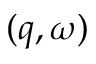
( q , \omega )